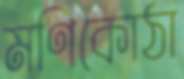
মণিকোঠা